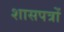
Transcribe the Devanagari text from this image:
शासपत्रों